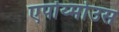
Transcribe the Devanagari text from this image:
एपोंय्मोउस